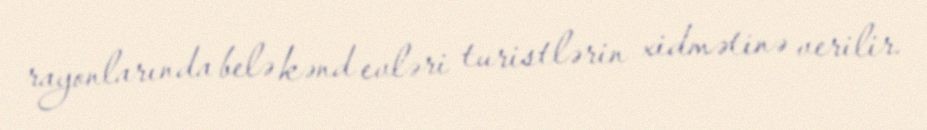
rayonlarında belə kənd evləri turistlərin xidmətinə verilir.